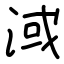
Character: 淢